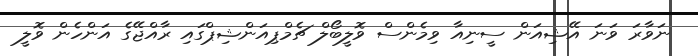
ނަވާރަ ވަނަ އޭޝިއަން ސީނިއާ ވިމެންސް ވޮލީބޯލް ޗެމްޕިއަންޝިޕްގައި ރާއްޖޭގެ އަންހެން ވޮލީ